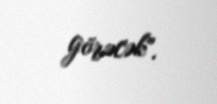
görəcək".